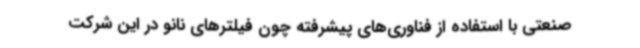
صنعتی با استفاده از فناوری‌های پیشرفته چون فیلترهای نانو در این شرکت